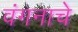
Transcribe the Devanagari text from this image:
वंगनाचे